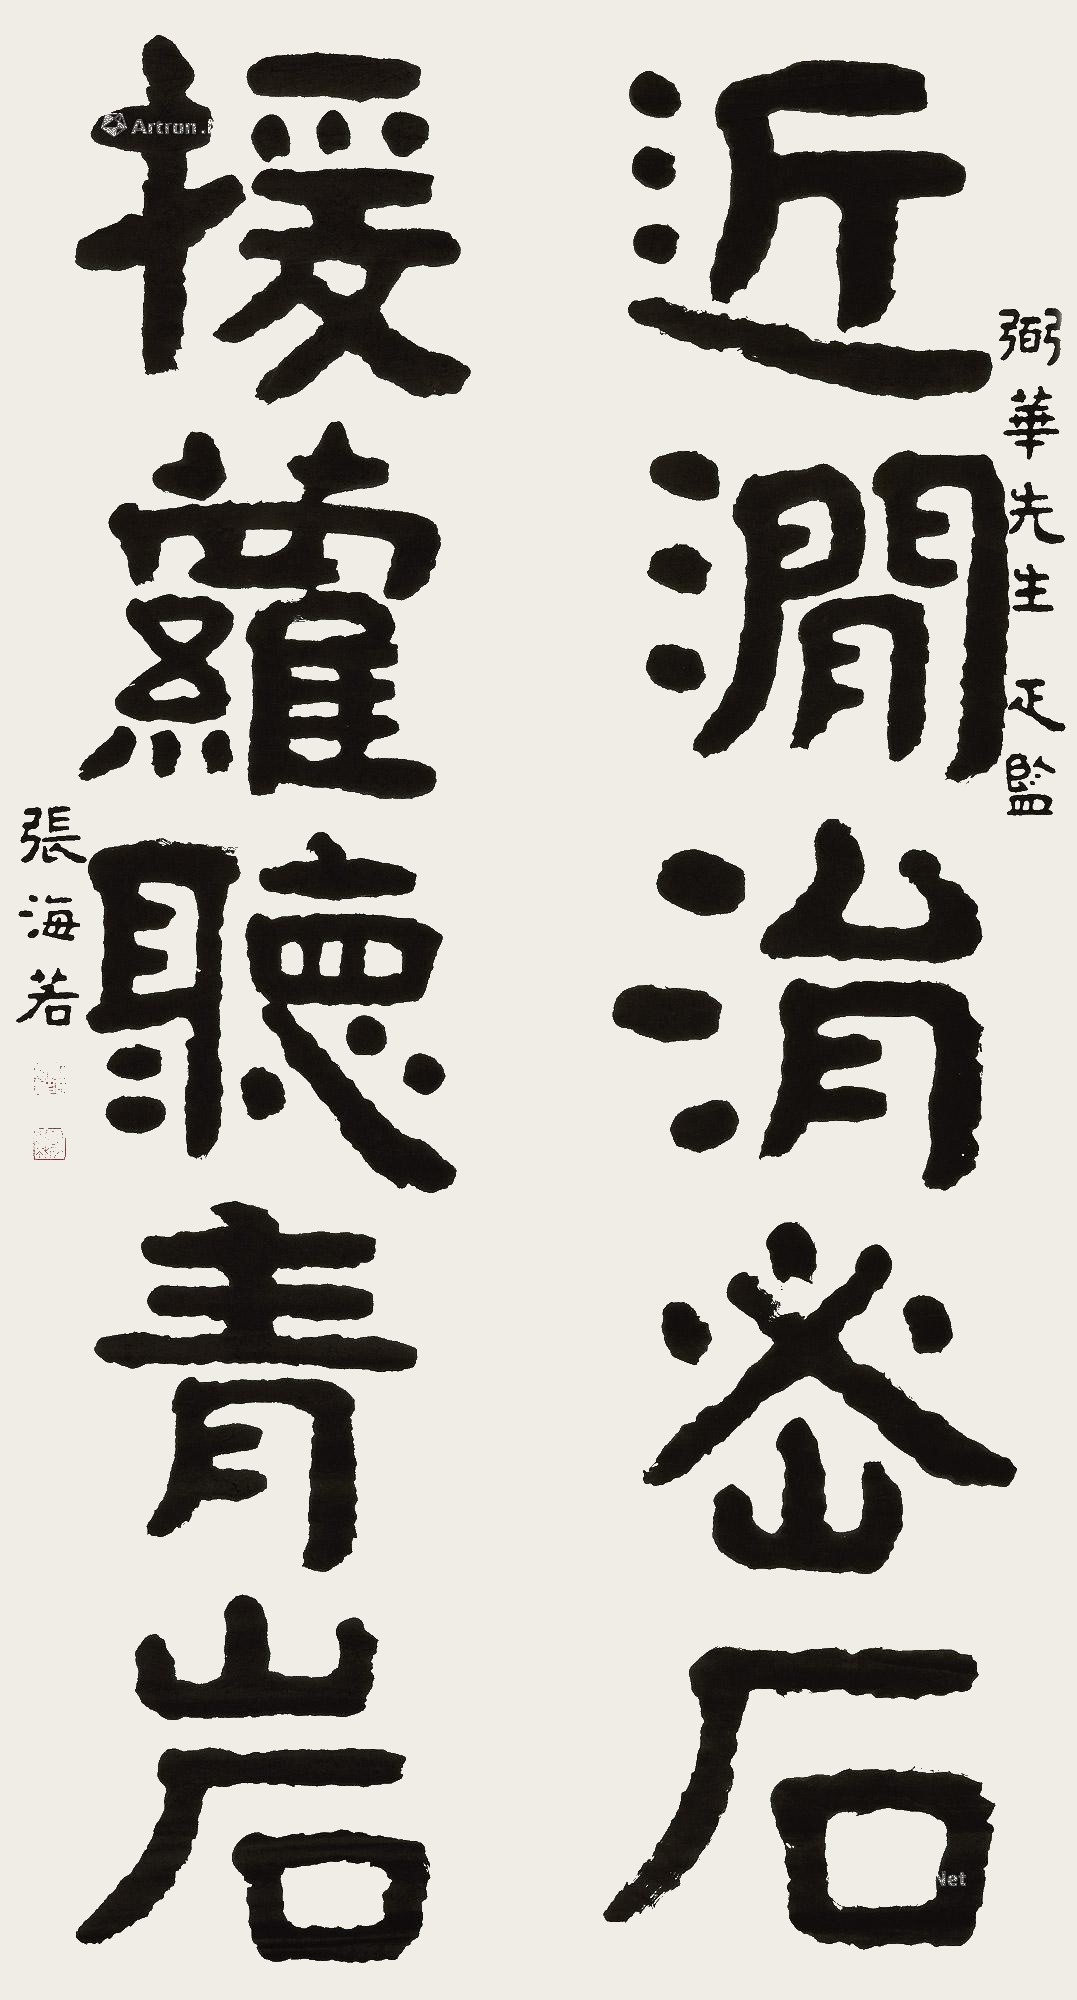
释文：近涧涓密石，援萝听青岩。弼华先生疋监。张海若。